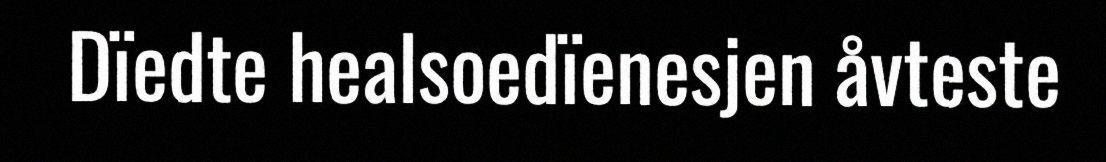
Dïedte healsoedïenesjen åvteste